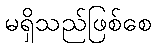
မရှိသည်ဖြစ်စေ